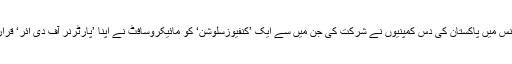
اس کانفرنس میں پاکستان کی دس کمپنیوں نے شرکت کی جن میں سے ایک ’کنفیوزسلوشن‘ کو مائیکروسافٹ نے اپنا ’پارٹرنر آف دی ائر‘ قرار دیا ہے۔